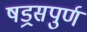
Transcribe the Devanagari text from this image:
षड्रसपुर्ण